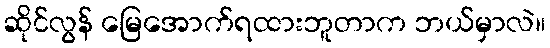
ဆိုင်လွန် မြေအောက်ရထားဘူတာက ဘယ်မှာလဲ။